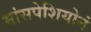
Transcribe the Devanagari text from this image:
मांसपेशियोनं